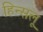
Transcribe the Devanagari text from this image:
हिन्सलू